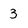
Character: 3